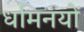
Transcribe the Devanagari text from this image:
धमिनयों